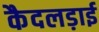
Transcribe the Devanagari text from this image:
कैदलड़ाई